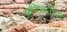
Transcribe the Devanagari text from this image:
अभिरुचीची